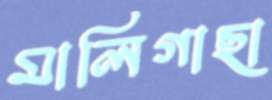
মালিগাছা